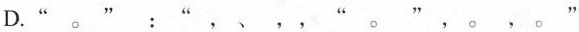
D.“。”：“，、，，“。”，。，。”